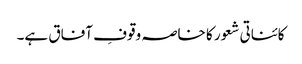
کائناتی شعور کا خاصہ وقوفِ آفاق ہے۔